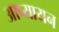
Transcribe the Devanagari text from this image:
आप्यायन